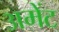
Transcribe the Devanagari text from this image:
अमेंट